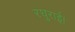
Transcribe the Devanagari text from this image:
रघुराई।